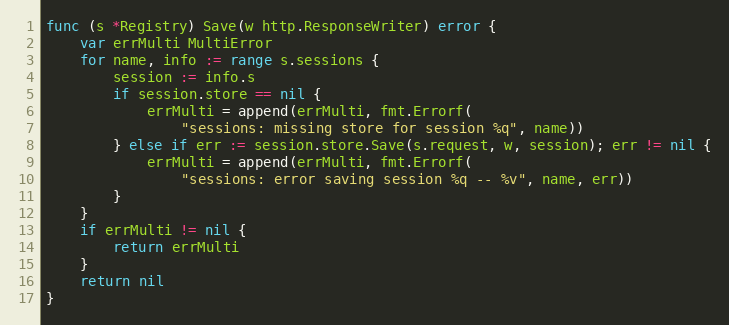
Language: Go
func (s *Registry) Save(w http.ResponseWriter) error {
	var errMulti MultiError
	for name, info := range s.sessions {
		session := info.s
		if session.store == nil {
			errMulti = append(errMulti, fmt.Errorf(
				"sessions: missing store for session %q", name))
		} else if err := session.store.Save(s.request, w, session); err != nil {
			errMulti = append(errMulti, fmt.Errorf(
				"sessions: error saving session %q -- %v", name, err))
		}
	}
	if errMulti != nil {
		return errMulti
	}
	return nil
}